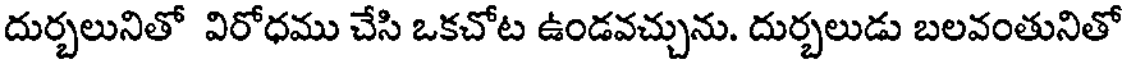
దుర్చలునితో విరోధము చేసి ఒకచోట ఉండవచ్చును. దుర్చలుడు బలవంతునితో